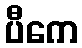
ပီကေ